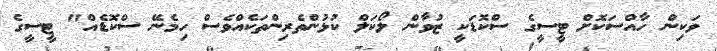
ވަކިން ހާއްސަކޮށް ޓީސީގެ ސްކޮޑަކީ ޒުވާން ލޯކަލް ކުޅުންތެރިންތަކެއްވެސް ހިމެނޭ ސްކޮޑެއް" ޓީސީގެ